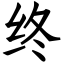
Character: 终